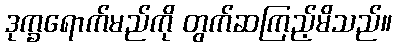
ဒုက္ခရောက်မည်ကို တွက်ဆကြည့်မိသည်။